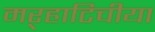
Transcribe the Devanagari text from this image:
मऱ्हाटिचीया